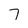
Character: 7